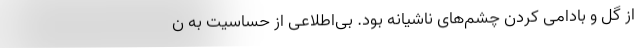
از گل و بادامی کردن چشم‌های ناشیانه بود. بی‌اطلاعی از حساسیت به ن